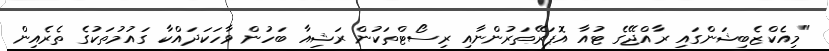
"މިއެކްޒެބިޝަންގައި ރާއްޖޭގެ ޓުއާ އޮޕަރޭތަރުންނާއި ރިސޯޓްތަކުން ރަޝިއާ ބަހުން ވާހަކަދައްކާ ގައުމުތަކުގެ ތެރެއިން